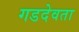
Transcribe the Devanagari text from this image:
गडदेवता